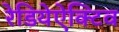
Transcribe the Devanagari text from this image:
रेडियेऐक्टिव